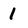
Character: 1